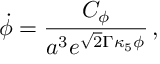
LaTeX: \dot { \phi } = { \frac { C _ { \phi } } { a ^ { 3 } e ^ { \sqrt { 2 } \Gamma \kappa _ { 5 } \phi } } } \, ,